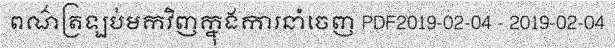
ពណ៌ត្រឡប់មកវិញក្នុងការនាំចេញ PDF2019-02-04 - 2019-02-04